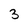
Character: 3